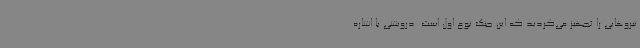
نیروهایی را تجهیز می‌کردید که این جنگ نوع اول است. درویشی با اشاره